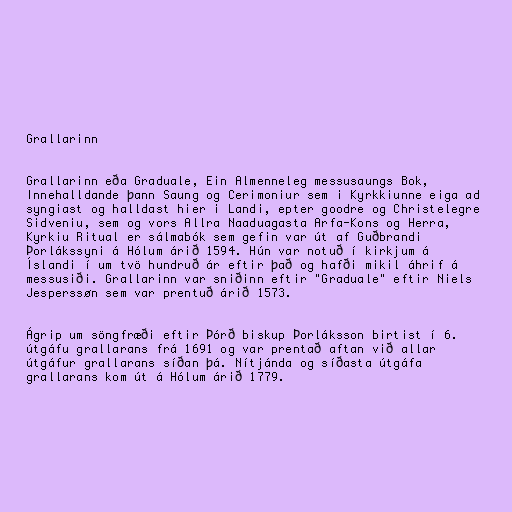
Grallarinn

Grallarinn eða Graduale, Ein Almenneleg messusaungs Bok,
Innehalldande þann Saung og Cerimoniur sem i Kyrkkiunne eiga ad
syngiast og halldast hier i Landi, epter goodre og Christelegre
Sidveniu, sem og vors Allra Naaduagasta Arfa-Kons og Herra,
Kyrkiu Ritual er sálmabók sem gefin var út af Guðbrandi
Þorlákssyni á Hólum árið 1594. Hún var notuð í kirkjum á
Íslandi í um tvö hundruð ár eftir það og hafði mikil áhrif á
messusiði. Grallarinn var sniðinn eftir "Graduale" eftir Niels
Jesperssøn sem var prentuð árið 1573.

Ágrip um söngfræði eftir Þórð biskup Þorláksson birtist í 6.
útgáfu grallarans frá 1691 og var prentað aftan við allar
útgáfur grallarans síðan þá. Nítjánda og síðasta útgáfa
grallarans kom út á Hólum árið 1779.